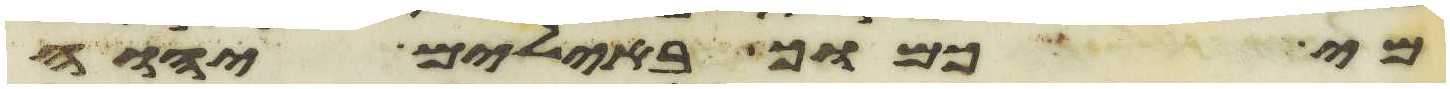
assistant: מי כמוך באלים יהוה